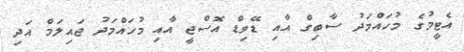
އެޓީމުގެ މުހައްމަދު ސާބިގް އާއި ޑޭވިޑް އޮސްޖީ އާއި މުހައްމަދު ޖައިލަމް އަދި